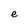
Character: e